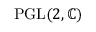
\operatorname { P G L } ( 2 , \mathbb { C } )